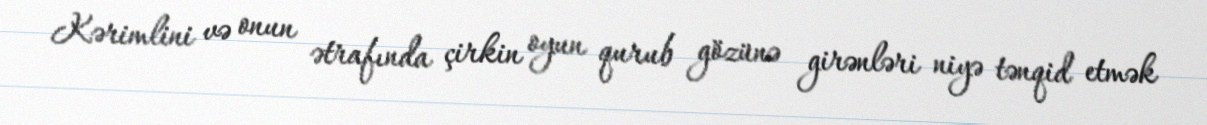
Kərimlini və onun ətrafında çirkin oyun qurub gözünə girənləri niyə tənqid etmək